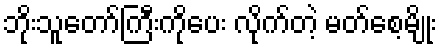
ဘိုးသူတော်ကြီးကိုပေး လိုက်တဲ့ မတ်စေ့မျိုး